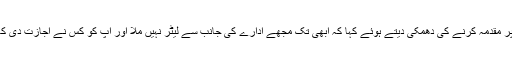
رابی پیرزادہ نے محکمہ وائلڈ لائف پر مقدمہ کرنے کی دھمکی دیتے ہوئے کہا کہ ابھی تک مجھے ادارے کی جانب سے لیٹر نہیں ملا اور آپ کو کس نے اجازت دی کہ میرے متعلق میڈیا میں خبریں دیں۔